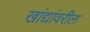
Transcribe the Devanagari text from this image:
खांद्यांवरील